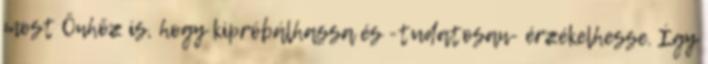
most Önhöz is, hogy kipróbálhassa és -tudatosan- érzékelhesse. Így